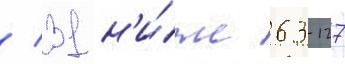
/ 31 н'и́же 63-127